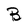
Character: B